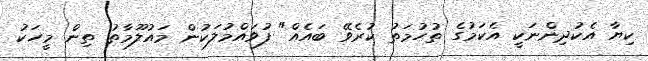
ކިޔާ އެކުދިންނަކީ އެކަމުގެ ތުހުމަތު ކުރެވޭ ބައެއް" ފުވައްމުލަކުން މައުލޫމާތު ތިން މީހަކު